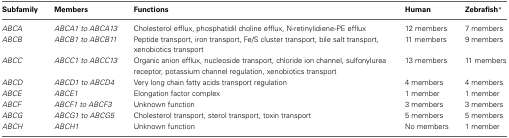
<table><thead><tr><td><b>Subfamily</b></td><td><b>Members</b></td><td><b>Functions</b></td><td><b>Human</b></td><td><b>Zebrafish<sup>*</sup></b></td></tr></thead><tbody><tr><td><i>ABCA</i></td><td><i>ABCA1 to ABCA13</i></td><td>Cholesterol efflux, phosphatidil choline efflux, N-retinylidiene-PE efflux</td><td>12 members</td><td>7 members</td></tr><tr><td><i>ABCB</i></td><td><i>ABCB1 to ABCB11</i></td><td>Peptide transport, iron transport, Fe/S cluster transport, bile salt transport, xenobiotics transport</td><td>11 members</td><td>9 members</td></tr><tr><td><i>ABCC</i></td><td><i>ABCC1 to ABCC13</i></td><td>Organic anion efflux, nucleoside transport, chloride ion channel, sulfonylurea receptor, potassium channel regulation, xenobiotics transport</td><td>13 members</td><td>11 members</td></tr><tr><td><i>ABCD</i></td><td><i>ABCD1 to ABCD4</i></td><td>Very long chain fatty acids transport regulation</td><td>4 members</td><td>4 members</td></tr><tr><td><i>ABCE</i></td><td><i>ABCE1</i></td><td>Elongation factor complex</td><td>1 member</td><td>1 member</td></tr><tr><td><i>ABCF</i></td><td><i>ABCF1 to ABCF3</i></td><td>Unknown function</td><td>3 members</td><td>3 members</td></tr><tr><td><i>ABCG</i></td><td><i>ABCG1 to ABCG5</i></td><td>Cholesterol transport, sterol transport, toxin transport</td><td>5 members</td><td>5 members</td></tr><tr><td><i>ABCH</i></td><td><i>ABCH1</i></td><td>Unknown function</td><td>No members</td><td>1 member</td></tr></tbody></table>